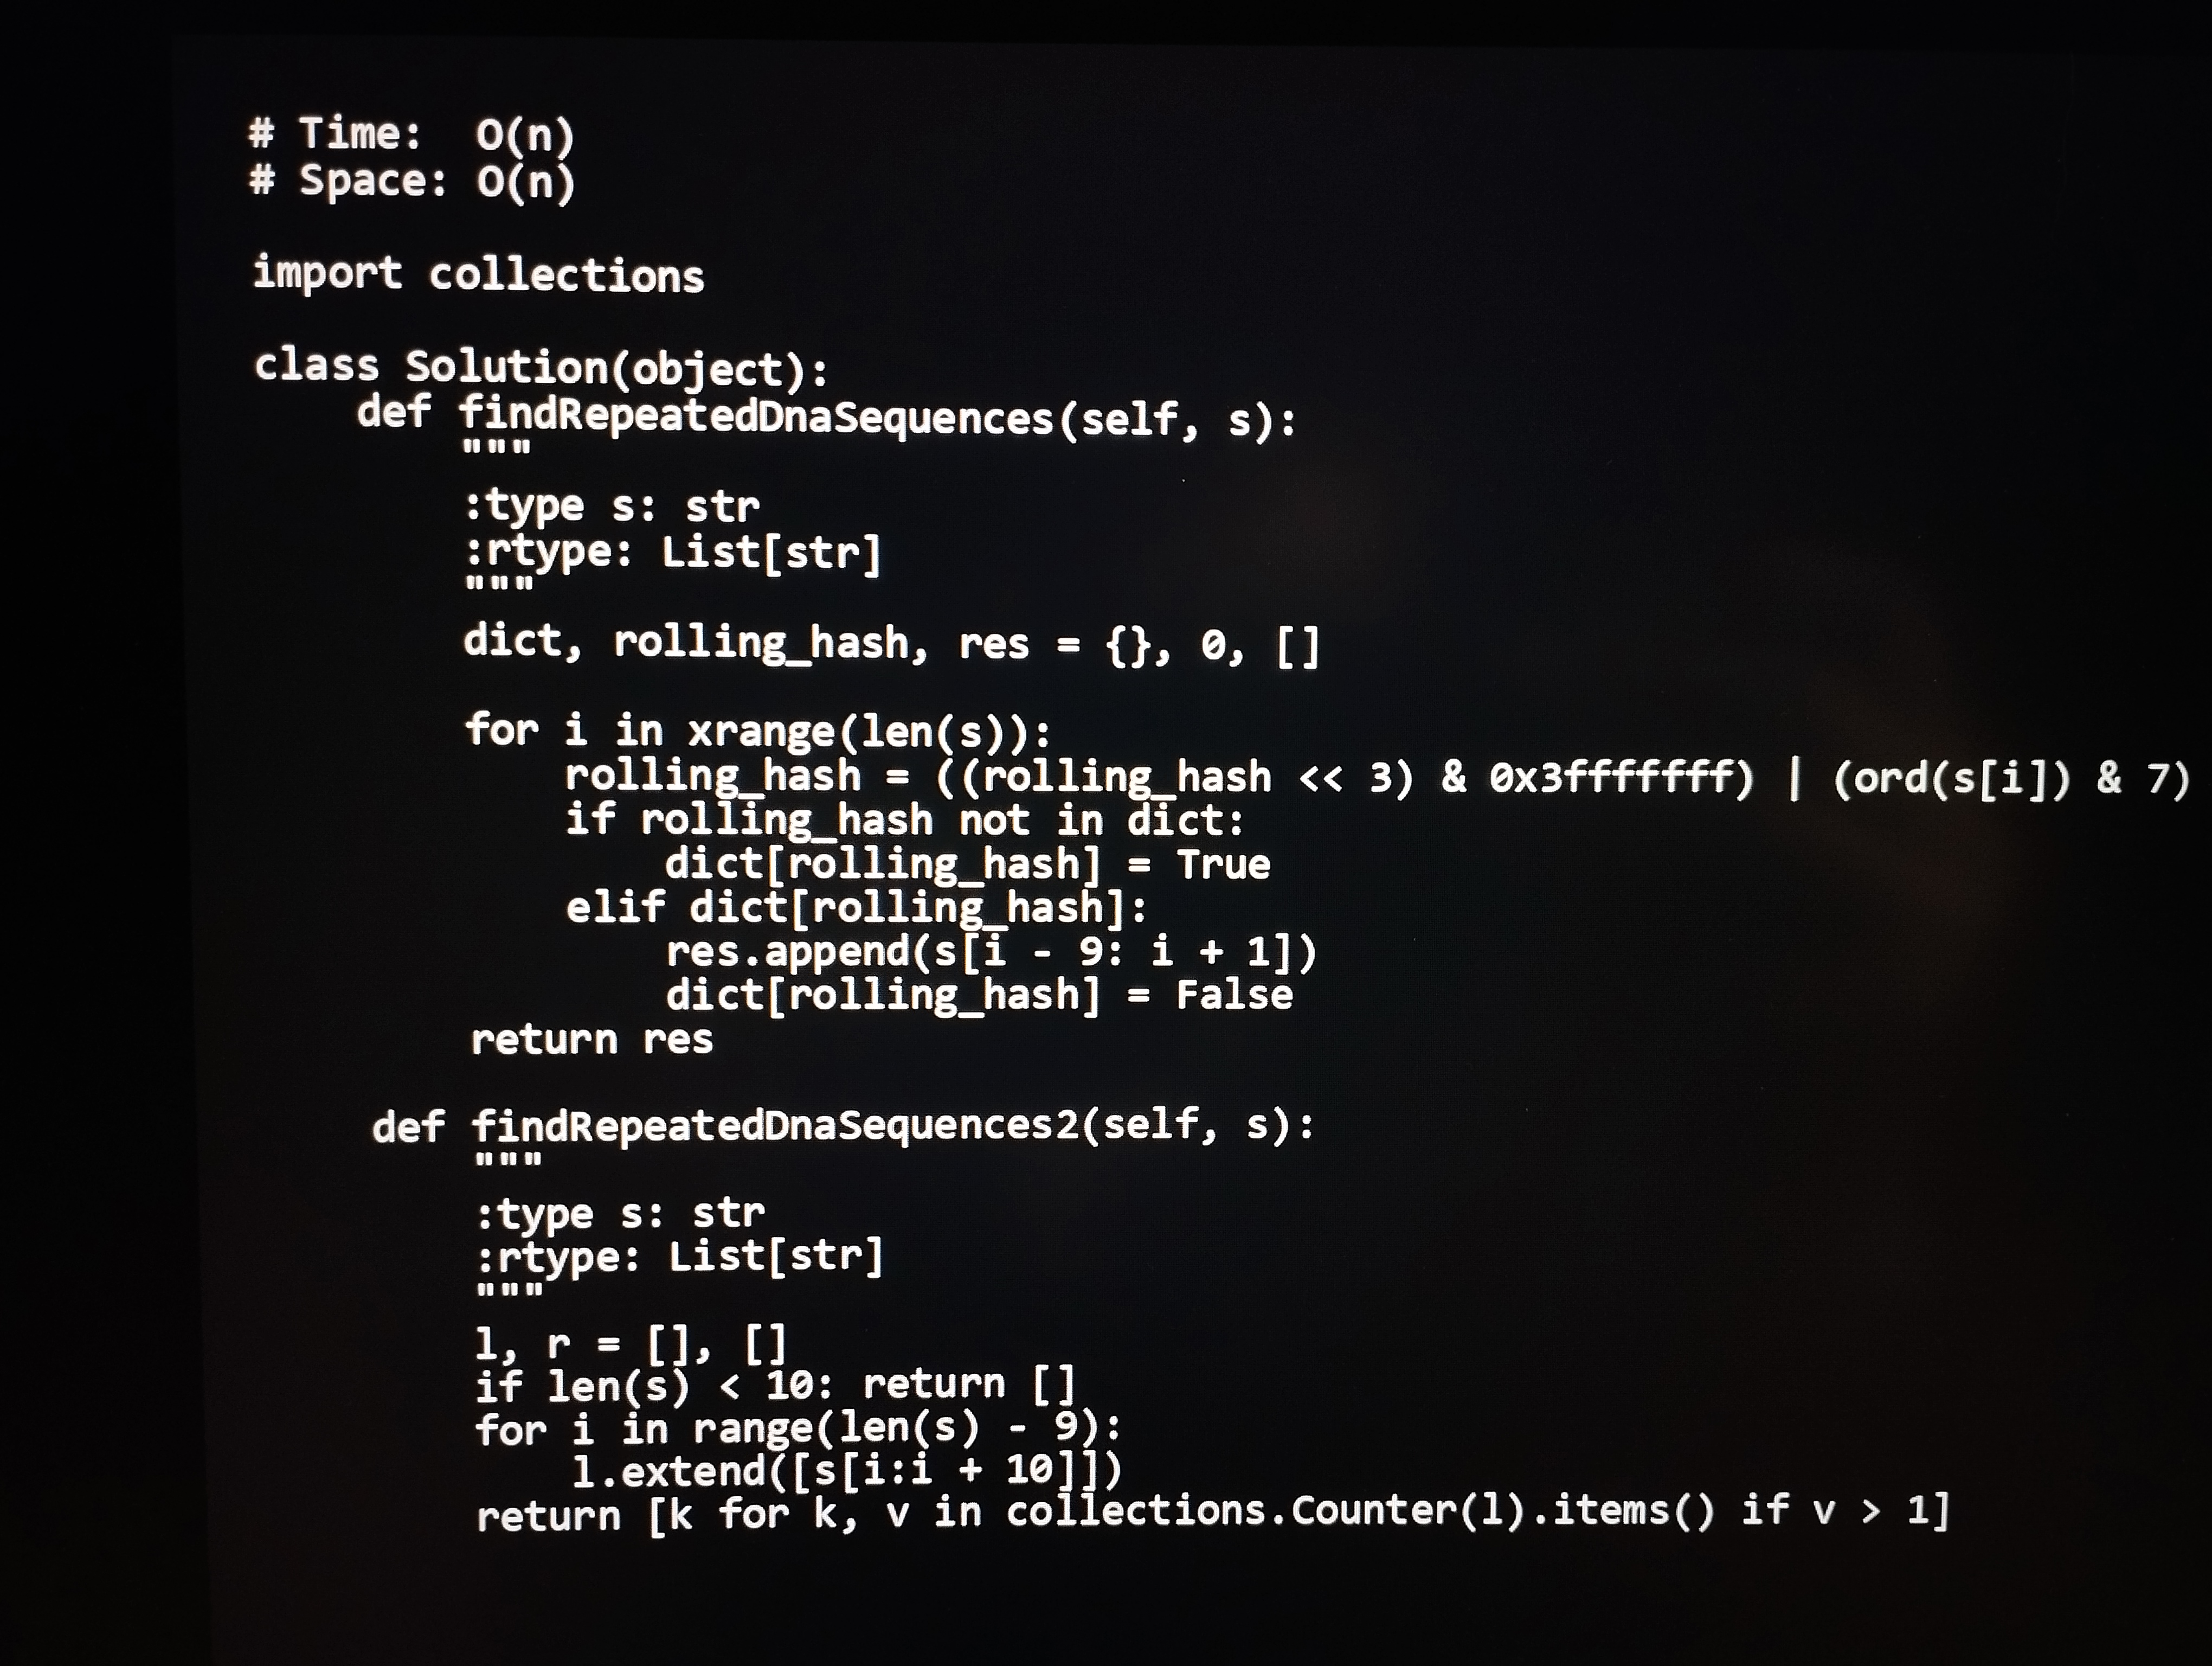
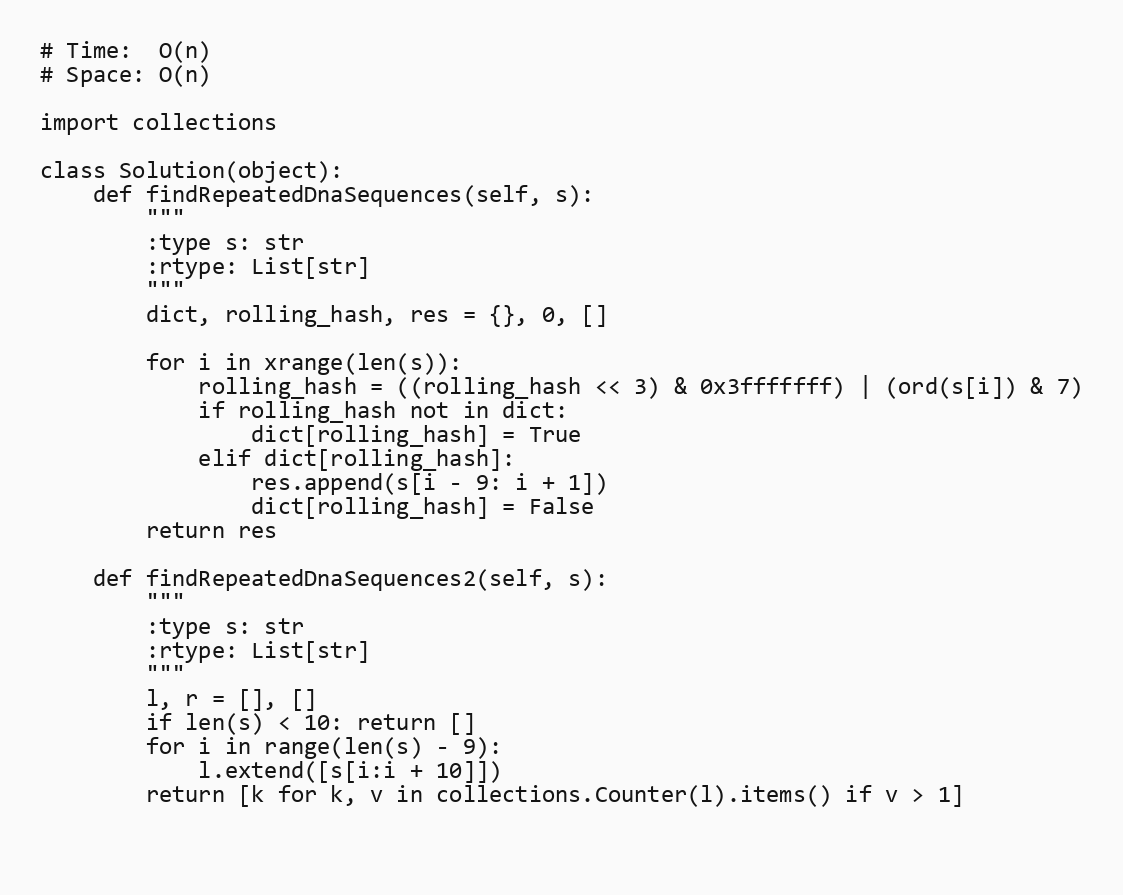
# Time:  O(n)
# Space: O(n)

import collections

class Solution(object):
    def findRepeatedDnaSequences(self, s):
        """
        :type s: str
        :rtype: List[str]
        """
        dict, rolling_hash, res = {}, 0, []

        for i in xrange(len(s)):
            rolling_hash = ((rolling_hash << 3) & 0x3fffffff) | (ord(s[i]) & 7)
            if rolling_hash not in dict:
                dict[rolling_hash] = True
            elif dict[rolling_hash]:
                res.append(s[i - 9: i + 1])
                dict[rolling_hash] = False
        return res

    def findRepeatedDnaSequences2(self, s):
        """
        :type s: str
        :rtype: List[str]
        """
        l, r = [], []
        if len(s) < 10: return []
        for i in range(len(s) - 9):
            l.extend([s[i:i + 10]])
        return [k for k, v in collections.Counter(l).items() if v > 1]